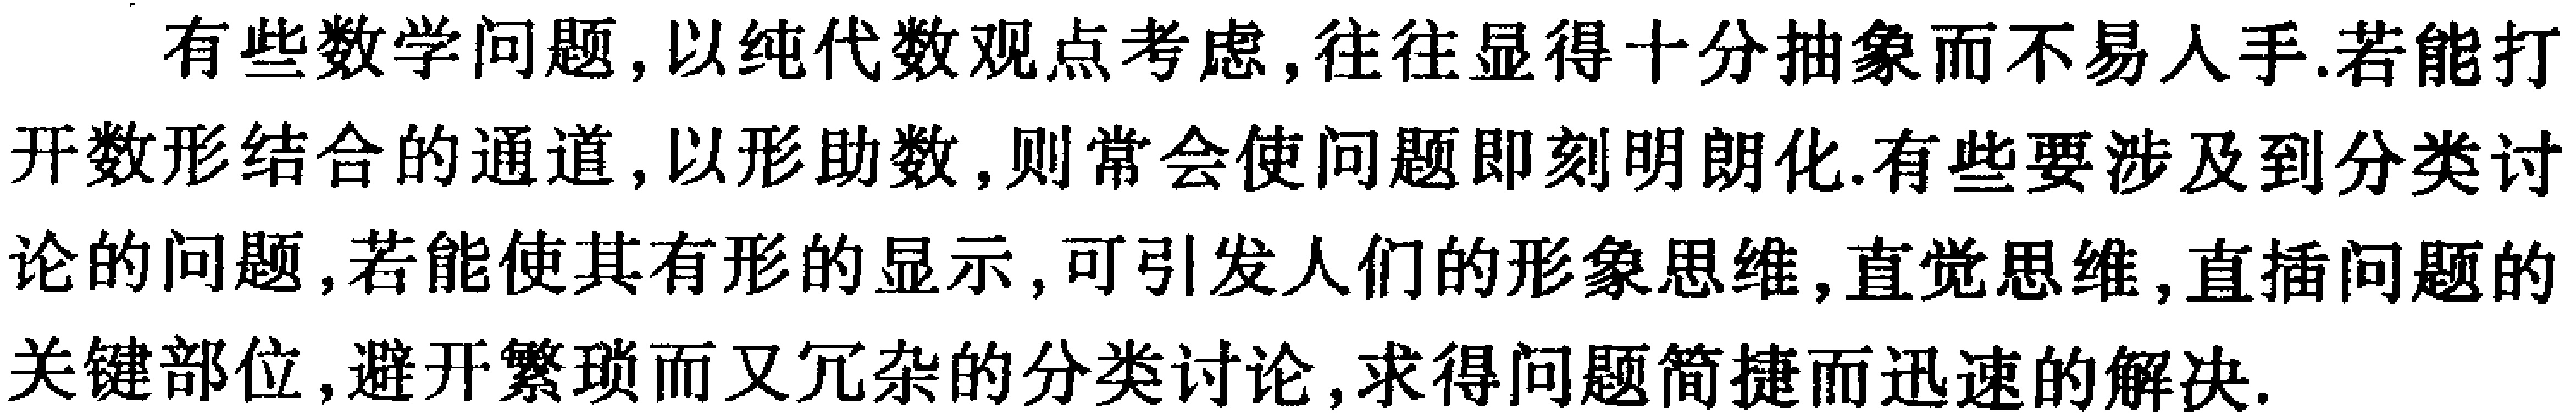
有些数学问题, 以纯代数观点考虑, 往往显得十分抽象而不易入手. 若能打开数形结合的通道, 以形助数, 则常会使问题即刻明朗化. 有些要涉及到分类讨论的问题, 若能使其有形的显示, 可引发人们的形象思维, 直觉思维, 直插问题的关键部位, 避开繁琐而又冗杂的分类讨论, 求得问题简捷而迅速的解决.